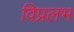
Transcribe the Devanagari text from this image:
विप्रलभ